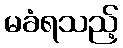
မခံရသည့်